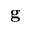
\mathbf { g }